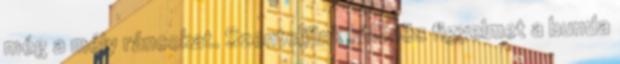
még a mély ráncokat. Szenteljünk különös figyelmet a bunda